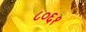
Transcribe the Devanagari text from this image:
८०६१